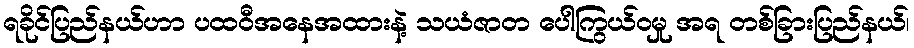
ရခိုင်ပြည်နယ်ဟာ ပထဝီအနေအထားနဲ့ သယံဇာတ ပေါကြွယ်ဝမှု အရ တစ်ခြားပြည်နယ်၊